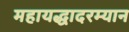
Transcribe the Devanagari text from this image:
महायद्धादरम्यान